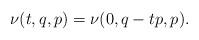
LaTeX: \begin{align*}\nu(t,q,p) = \nu(0, q - tp, p).\end{align*}